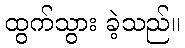
ထွက်သွား ခဲ့သည်။